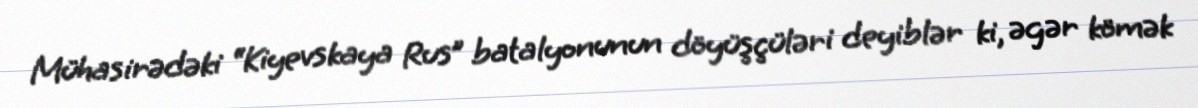
Mühasirədəki “Kiyevskaya Rus” batalyonunun döyüşçüləri deyiblər ki, əgər kömək